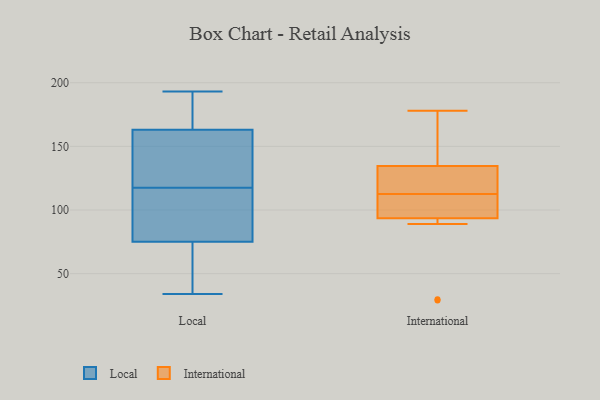
{"axis": {"x": "Churn Rate (%)", "y": "Value"}, "legend": ["International", "Local"], "data": [{"x": "", "y": 177, "type": "Local"}, {"x": "", "y": 62, "type": "Local"}, {"x": "", "y": 193, "type": "Local"}, {"x": "", "y": 122, "type": "Local"}, {"x": "", "y": 88, "type": "Local"}, {"x": "", "y": 143, "type": "Local"}, {"x": "", "y": 34, "type": "Local"}, {"x": "", "y": 183, "type": "Local"}, {"x": "", "y": 113, "type": "Local"}, {"x": "", "y": 57, "type": "Local"}, {"x": "", "y": 94, "type": "Local"}, {"x": "", "y": 134, "type": "Local"}, {"x": "", "y": 89, "type": "Local"}, {"x": "", "y": 175, "type": "Local"}, {"x": "", "y": 151, "type": "Local"}, {"x": "", "y": 47, "type": "Local"}, {"x": "", "y": 178, "type": "International"}, {"x": "", "y": 100, "type": "International"}, {"x": "", "y": 98, "type": "International"}, {"x": "", "y": 117, "type": "International"}, {"x": "", "y": 128, "type": "International"}, {"x": "", "y": 145, "type": "International"}, {"x": "", "y": 89, "type": "International"}, {"x": "", "y": 114, "type": "International"}, {"x": "", "y": 111, "type": "International"}, {"x": "", "y": 29, "type": "International"}, {"x": "", "y": 141, "type": "International"}, {"x": "", "y": 30, "type": "International"}]}